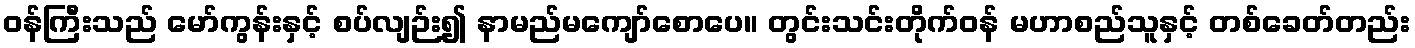
ဝန်ကြီးသည် မော်ကွန်းနှင့် စပ်လျဉ်း၍ နာမည်မကျော်စောပေ။ တွင်းသင်းတိုက်ဝန် မဟာစည်သူနှင့် တစ်ခေတ်တည်း